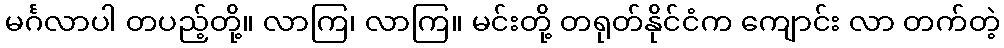
မင်္ဂလာပါ တပည့်တို့။ လာကြ၊ လာကြ။ မင်းတို့ တရုတ်နိုင်ငံက ကျောင်း လာ တက်တဲ့